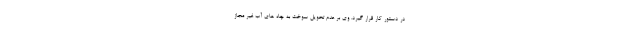
در دستور کار قرار گیرد. وی بر عدم تحویل سوخت به چاه های آب غیر مجاز